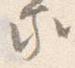
家